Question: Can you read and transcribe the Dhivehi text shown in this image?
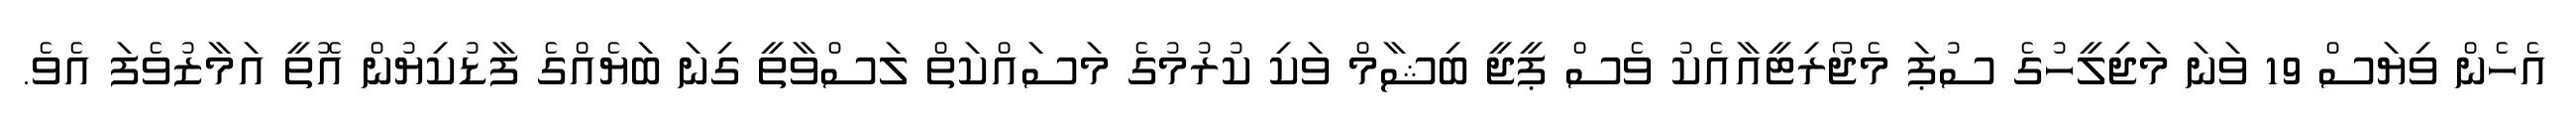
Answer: އެހެން ވިޔަސް 19 ވަނަ މަޖިލީހުގެ ސުޕަ މެޖޯރިޓީއާއެކު ވެސް ޕީޖީ ބިޝާމް ވަކި ކުރުމުގެ މަސައްކަތް ލަސްވާތީ ގިނަ ބަޔެއްގެ ފާޑުކިޔުން އޮތީ އަމާޒުވެފަ އެވެ.